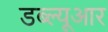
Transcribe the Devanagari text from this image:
डब्‍ल्‍यूआर